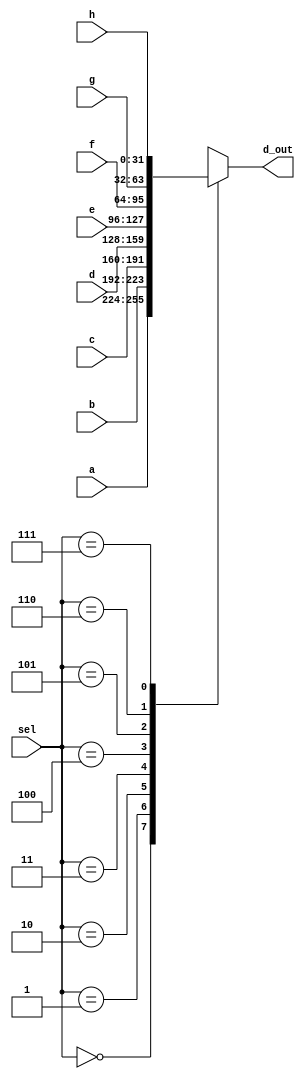
module _8_to_1_MUX(a, b, c, d, e, f, g, h, sel, d_out);
	input[31:0] a, b, c, d, e, f, g, h;
	input[2:0] sel;
	output reg[31:0] d_out;
	
	always @ (sel, a, b, c, d, e, f, g, h)
		begin
			case(sel)
				3'b000 : d_out = a;
				3'b001 : d_out = b;
				3'b010 : d_out = c;
				3'b011 : d_out = d;
				3'b100 : d_out = e;
				3'b101 : d_out = f;
				3'b110 : d_out = g;
				3'b111 : d_out = h;
				default : d_out = 32'bxxxx_xxxx_xxxx_xxxx_xxxx_xxxx_xxxx_xxxx;
			endcase 
		end
	//d_out will be a, b, c, d, e, f, g or h
	
endmodule